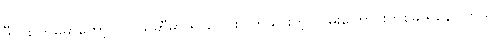
ဒီတစ်ကြိမ်မှာတော့ လူငယ်ဆီမှာ ရှင်းလင်းပြတ်သားတဲ့ လမ်းကြောင်းတစ်ခု ရှိနေပါတယ်။